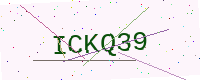
Text: ICKQ39